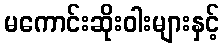
မကောင်းဆိုးဝါးများနှင့်